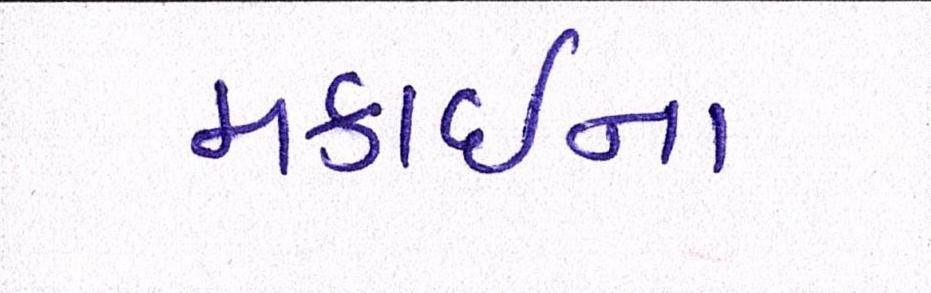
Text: મકાઈના